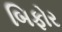
બિફોર